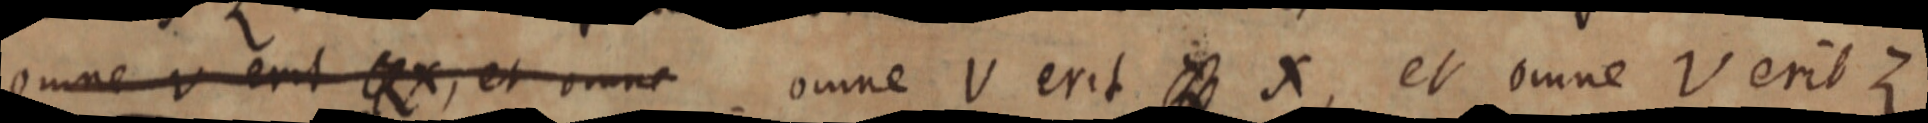
omne V erit Z X, et omne omne V erit Z X, et omne V erit Z